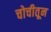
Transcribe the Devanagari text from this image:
चोचीतून